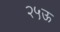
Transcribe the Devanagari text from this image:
२५ऊ